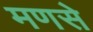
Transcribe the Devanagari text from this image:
मणसे